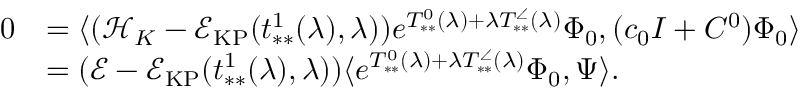
\begin{array} { r l } { 0 } & { = \langle ( \mathcal { H } _ { K } - \mathcal { E } _ { \mathrm { K P } } ( t _ { * * } ^ { 1 } ( \lambda ) , \lambda ) ) e ^ { T _ { * * } ^ { 0 } ( \lambda ) + \lambda T _ { * * } ^ { \angle } ( \lambda ) } \Phi _ { 0 } , ( c _ { 0 } I + C ^ { 0 } ) \Phi _ { 0 } \rangle } \\ & { = ( \mathcal { E } - \mathcal { E } _ { \mathrm { K P } } ( t _ { * * } ^ { 1 } ( \lambda ) , \lambda ) ) \langle e ^ { T _ { * * } ^ { 0 } ( \lambda ) + \lambda T _ { * * } ^ { \angle } ( \lambda ) } \Phi _ { 0 } , \Psi \rangle . } \end{array}